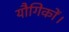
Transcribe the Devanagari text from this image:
यौगिकों।